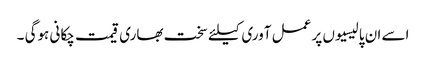
اسے ان پالیسیوں پر عمل آوری کیلئے سخت بھاری قیمت چکانی ہوگی ۔